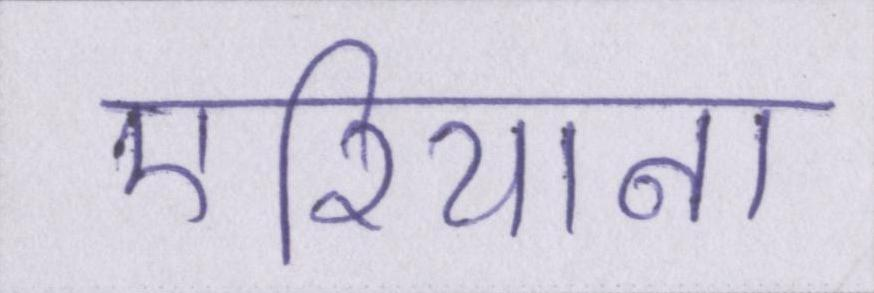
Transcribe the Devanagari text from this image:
एरियाना